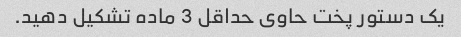
یک دستور پخت حاوی حداقل 3 ماده تشکیل دهید.